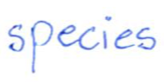
Text: species
Cross-out: clean
Writing tool: ballpoint